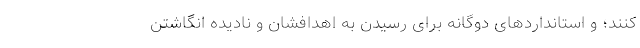
کنند؛ و استانداردهای دوگانه برای رسیدن به اهدافشان و نادیده انگاشتن